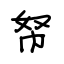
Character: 帑